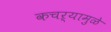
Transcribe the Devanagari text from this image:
कचऱ्यामुळे